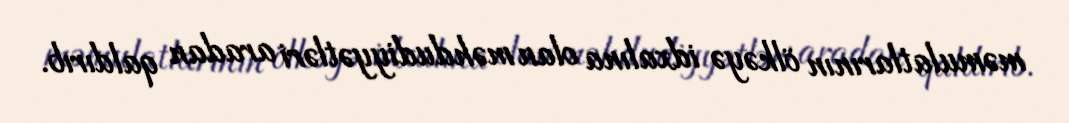
məmulatlarının ölkəyə idxalına olan məhdudiyyətləri aradan qaldırıb.